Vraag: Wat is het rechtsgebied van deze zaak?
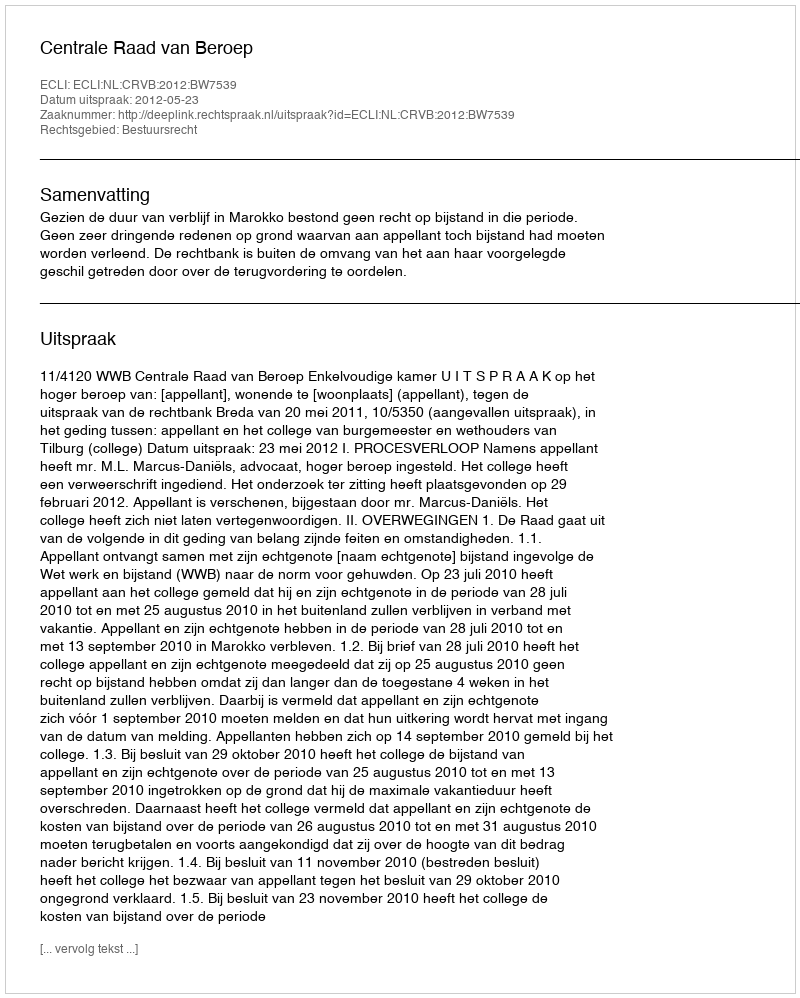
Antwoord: Bestuursrecht